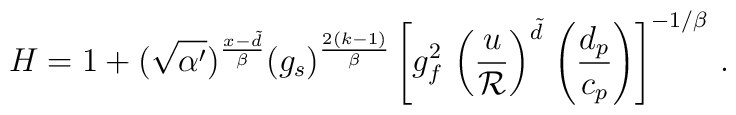
H=1 + (\sqrt{\alpha^\prime})^{{x - \tilde d \over \beta}} (g_s)^{{2(k-1)\over \beta}}\left[g_f^2 \,  \left({u \over {\cal R}}\right)^{\tilde d} \, \left({d_p \over c_p}\right) \right]^{-1/\beta}   \, .